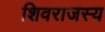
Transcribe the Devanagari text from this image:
शिवराजस्य